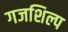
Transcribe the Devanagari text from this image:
गजशिल्प